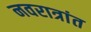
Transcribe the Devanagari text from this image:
नवरात्रांत